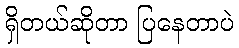
ရှိတယ်ဆိုတာ ပြနေတာပဲ